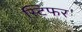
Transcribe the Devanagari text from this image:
स्टिफर